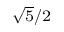
\scriptstyle { \sqrt { 5 } } / 2